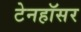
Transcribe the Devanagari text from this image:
टेनहॉसर